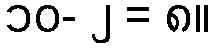
၁၀- ၂ = ၈။